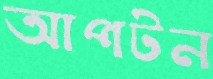
আপটন